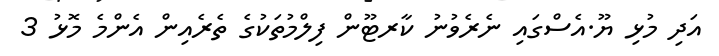
އަދި މުޅި ޔޫ.އެސްގައި ނެރެވުނު ކާރޓޫން ފިލްމުތަކުގެ ތެރެއިން އެންމެ މޮޅު 3